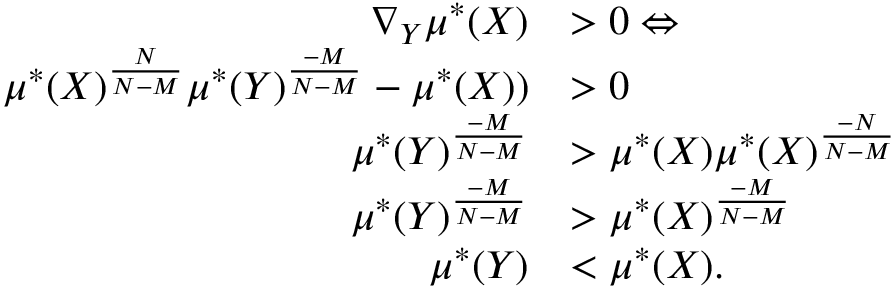
\begin{array} { r l } { \nabla _ { Y } \mu ^ { * } ( X ) } & { > 0 \Leftrightarrow } \\ { \mu ^ { * } ( X ) ^ { \frac { N } { N - M } } \mu ^ { * } ( Y ) ^ { \frac { - M } { N - M } } - \mu ^ { * } ( X ) ) } & { > 0 } \\ { \mu ^ { * } ( Y ) ^ { \frac { - M } { N - M } } } & { > \mu ^ { * } ( X ) \mu ^ { * } ( X ) ^ { \frac { - N } { N - M } } } \\ { \mu ^ { * } ( Y ) ^ { \frac { - M } { N - M } } } & { > \mu ^ { * } ( X ) ^ { \frac { - M } { N - M } } } \\ { \mu ^ { * } ( Y ) } & { < \mu ^ { * } ( X ) . } \end{array}